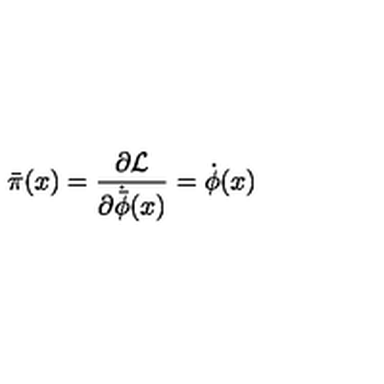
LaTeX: { \bar { \pi } } ( x ) = \frac { \partial { \cal L } } { \partial { \dot { \bar { \phi } } } ( x ) } = { \dot { \phi } } ( x )